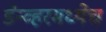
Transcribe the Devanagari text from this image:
डेन्व्हरमध्येच